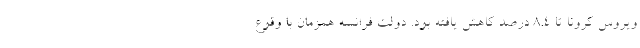
ویروس کرونا تا ۸.۴ درصد کاهش یافته بود. دولت فرانسه همزمان با وقوع